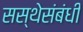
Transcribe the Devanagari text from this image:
सस्थेसंबंधी